画像に写った文字を読んでください
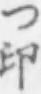
「つ印」と書いてあります